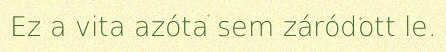
Ez a vita azóta sem záródott le.